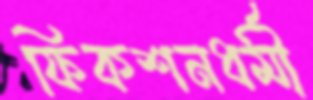
ফিকশনধর্মী